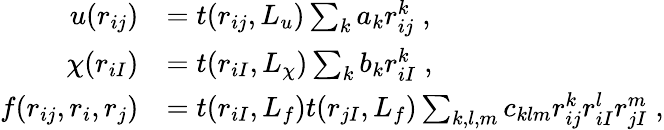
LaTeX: \begin{array}{rl}{u(r_{ij})}&{=t(r_{ij},L_{u})\sum_{k}a_{k}r_{ij}^{k}\; ,}\\ {\chi(r_{iI})}&{=t(r_{iI},L_{\chi})\sum_{k}b_{k}r_{iI}^{k}\; ,}\\ {f(r_{ij},r_{i},r_{j})}&{=t(r_{iI},L_{f})t(r_{jI},L_{f})\sum_{k,l,m}c_{klm}r_{ij}^{k}r_{iI}^{l}r_{jI}^{m}\; ,}\end{array}